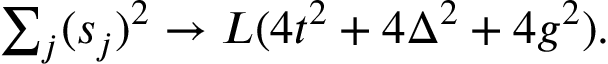
\begin{array} { r } { \sum _ { j } ( s _ { j } ) ^ { 2 } \to L ( 4 t ^ { 2 } + 4 \Delta ^ { 2 } + 4 g ^ { 2 } ) . } \end{array}